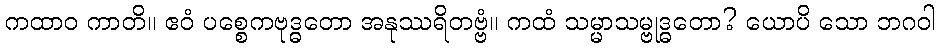
ကထာဝ ကာတိ။ ဧဝံ ပစ္စေကဗုဒ္ဓတော အနုဿရိတဗ္ဗံ။ ကထံ သမ္မာသမ္ဗုဒ္ဓတော? ယောပိ သော ဘဂဝါ